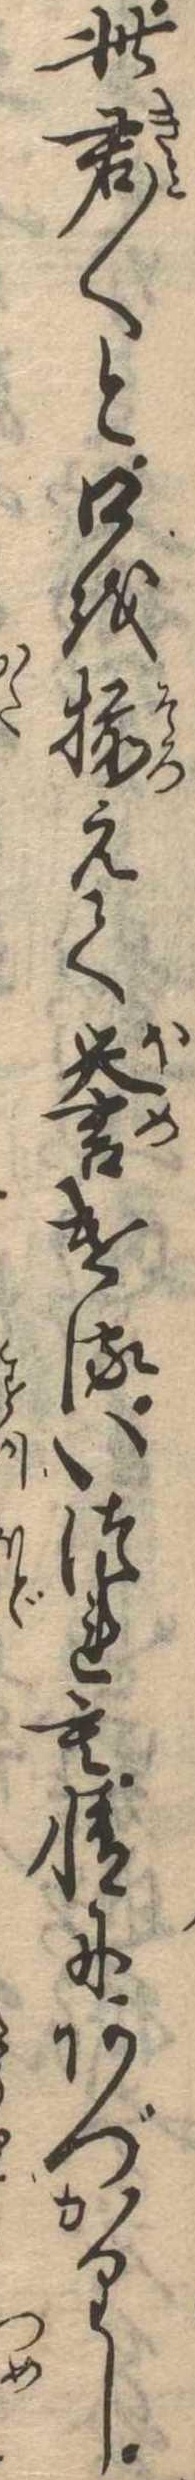
此君〱と口を揃えて誉けるいつれも情にあづかりし